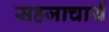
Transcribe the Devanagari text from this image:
सहजाचार्य